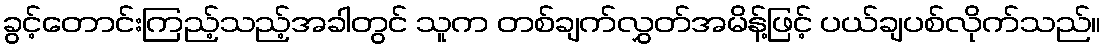
ခွင့်တောင်းကြည့်သည့်အခါတွင် သူက တစ်ချက်လွှတ်အမိန့်ဖြင့် ပယ်ချပစ်လိုက်သည်။